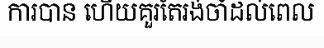
ការបាន ហើយគួរតែរង់ចាំដល់ពេល